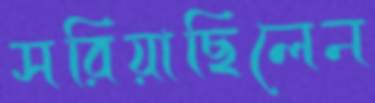
সরিয়াছিলেন